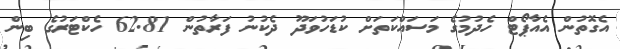
އެގޮތުން އެއާޕޯޓް ހެދުމުގެ މަސައްކަތަށް ކުޑަހުވަދޫ ދެކުނު ފަރާތުން 62.81 ހެކްޓަރުގެ ބިން